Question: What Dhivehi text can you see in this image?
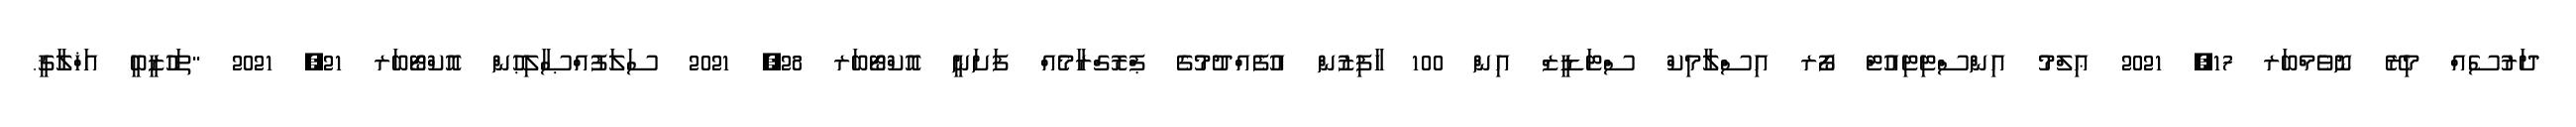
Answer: ދަރުސެއް މިރޭ ނޮވެމްބަރ 17, 2021 ޢިލްމު އިންސްޓިޓިއުޓް ފޯރ އިސްލާމިކް ސްޓަޑީޒް އިން 100 ހާފިޒުން އުފެއްދުމުގެ ޕްރޮގްރާމެއް ފަށަނީ އޮކްޓޯބަރ 28, 2021 ސަލަފުއްޞާލިޙުން އޮކްޓޯބަރ 21, 2021 "ތަހުޒީބީ އަޚްލާޤީ.